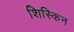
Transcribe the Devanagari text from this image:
शिस्किन